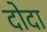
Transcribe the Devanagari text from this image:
दोदा